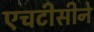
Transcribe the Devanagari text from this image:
एचटीसीने